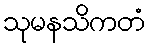
သုမနသိကတံ